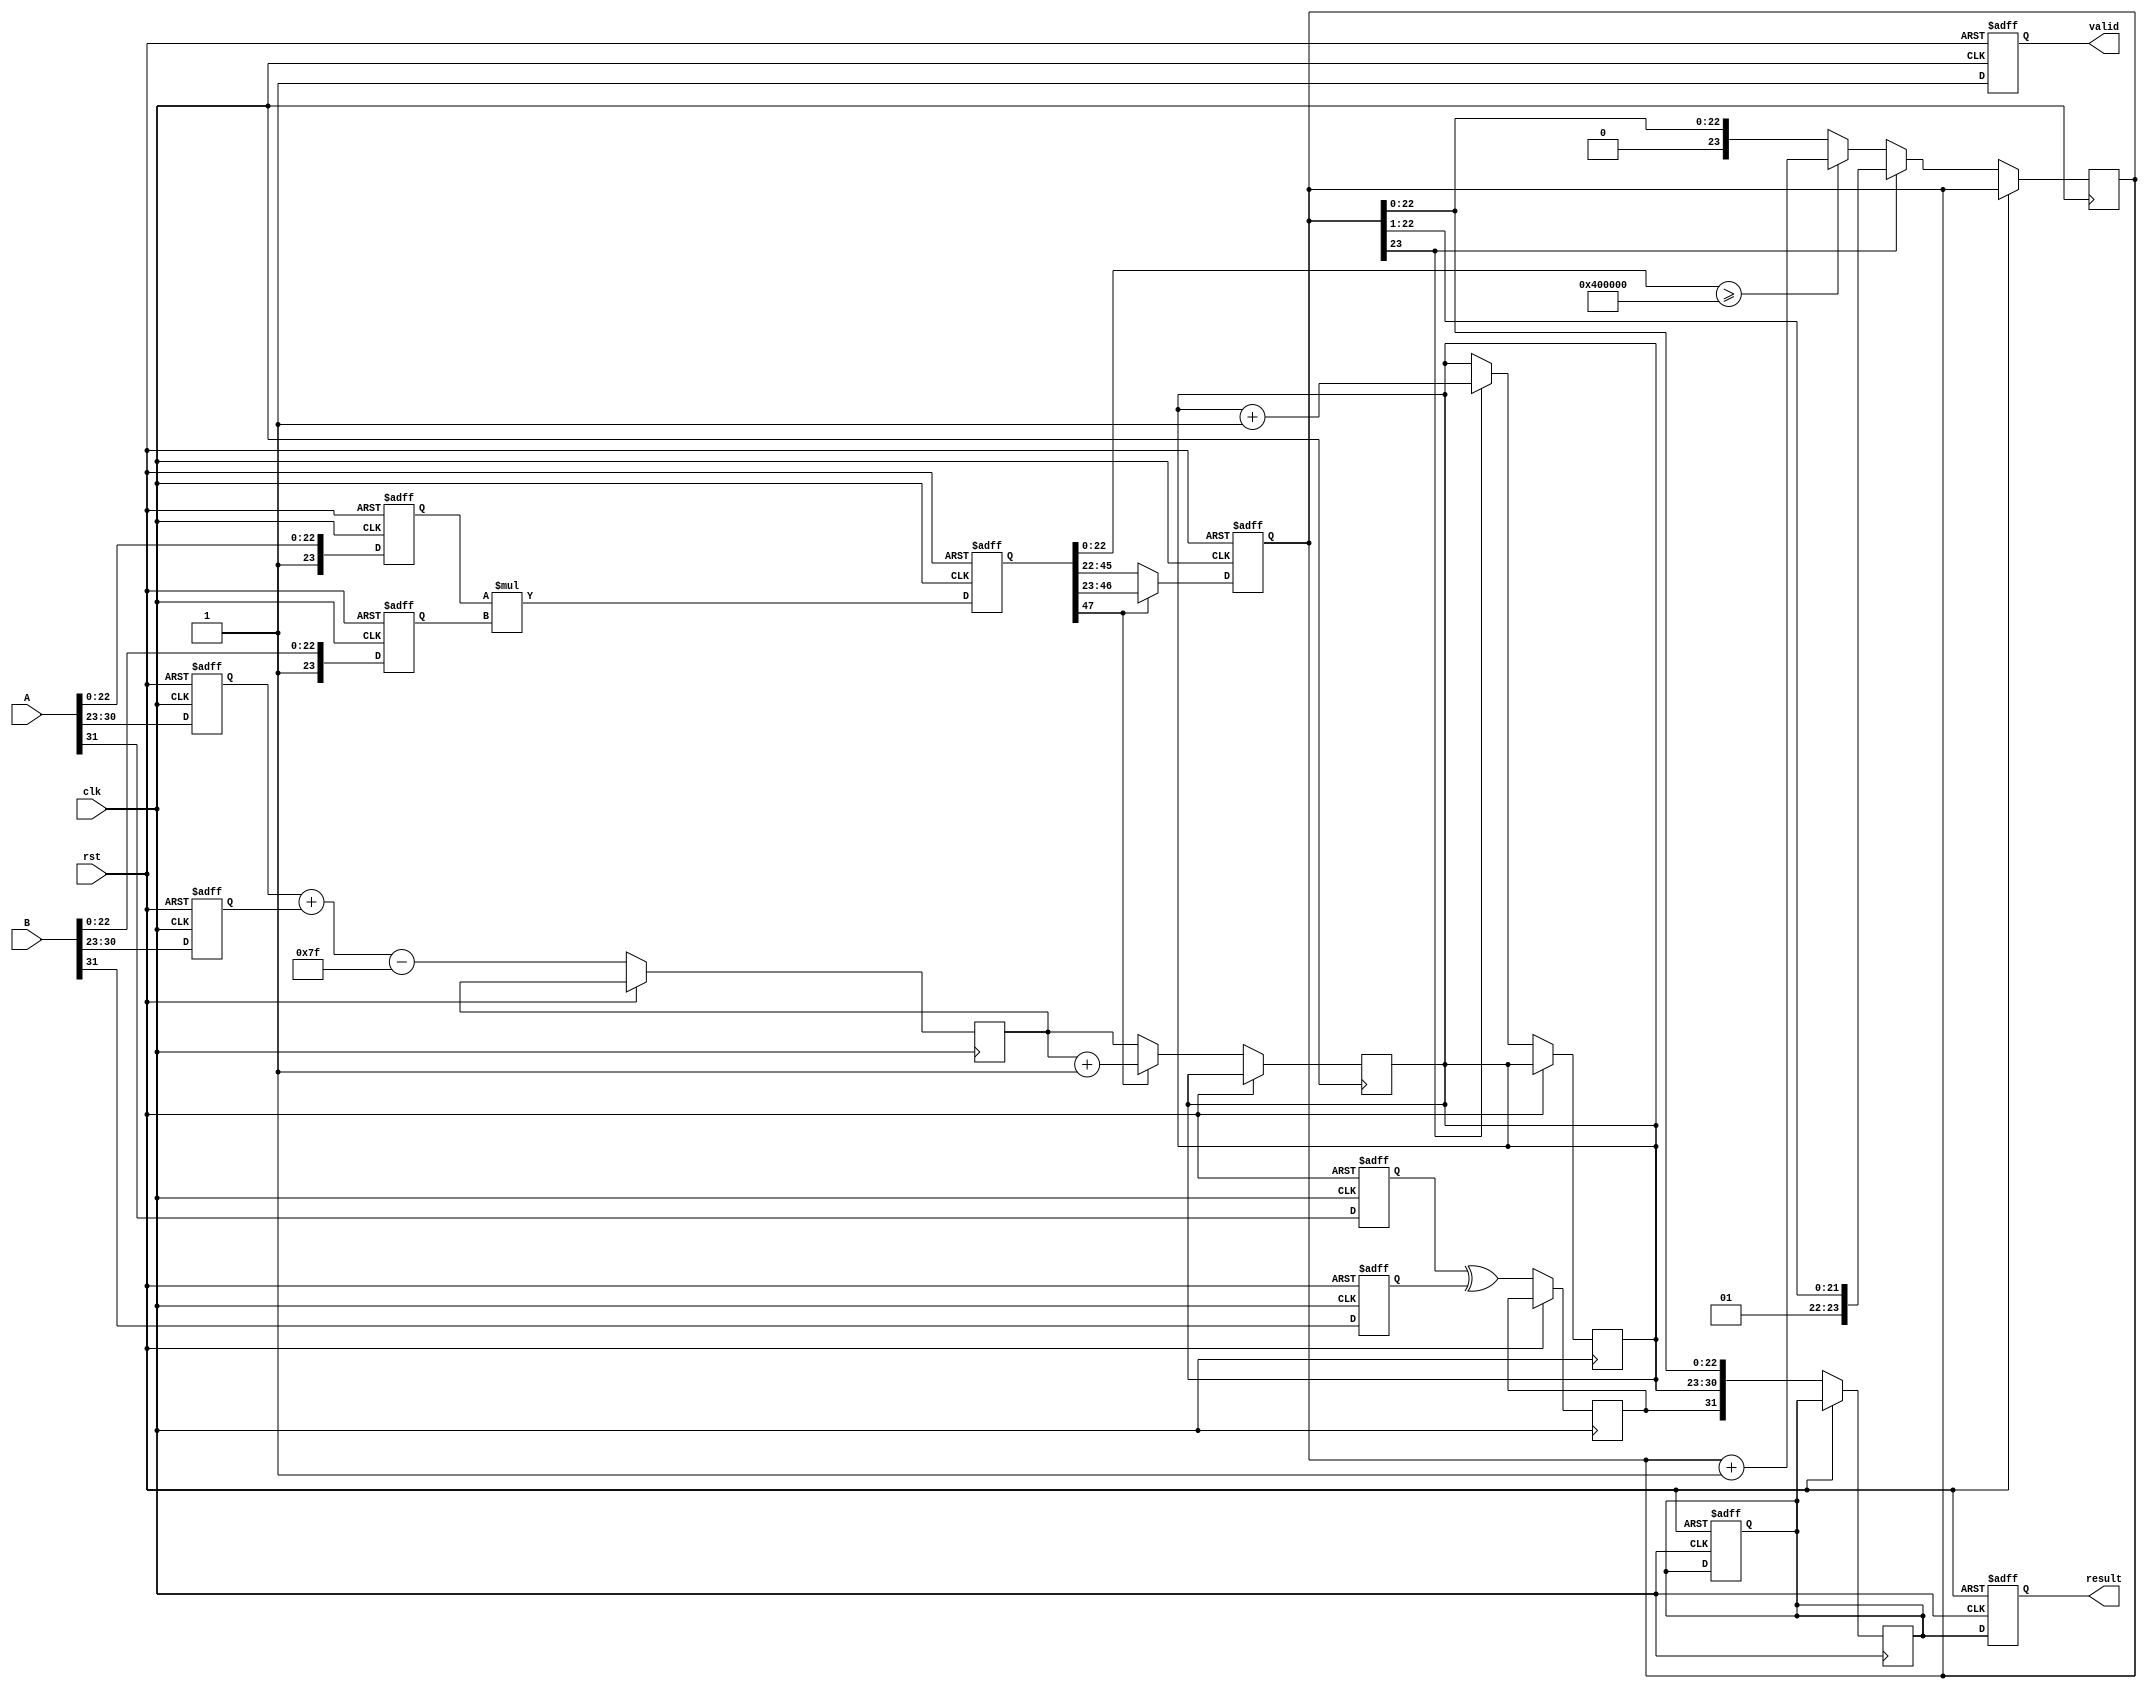
module fp_multiplier (
    input wire clk,
    input wire rst,
    input wire [31:0] A, // First floating-point input
    input wire [31:0] B, // Second floating-point input
    output reg [31:0] result, // Resulting floating-point output
    output reg valid // Output valid signal
);

    // Pipeline registers
    reg sign_a, sign_b, sign_result;
    reg [7:0] exp_a, exp_b, exp_result;
    reg [23:0] mant_a, mant_b, mant_result;
    reg [47:0] mant_product; // Intermediate product of mantissas
    reg [4:0] shift_amount; // For normalization
    reg [7:0] exp_adjusted; // Adjusted exponent after bias
    reg [23:0] mant_normalized; // Normalized mantissa
    reg [31:0] final_result; // Final result before output

    // Constants
    parameter BIAS = 8'd127;

    // Stage 1: Sign Extraction
    always @(posedge clk or posedge rst) begin
        if (rst) begin
            sign_a <= 0;
            sign_b <= 0;
        end else begin
            sign_a <= A[31];
            sign_b <= B[31];
        end
    end

    // Stage 2: Exponent Extraction and Bias Adjustment
    always @(posedge clk or posedge rst) begin
        if (rst) begin
            exp_a <= 0;
            exp_b <= 0;
        end else begin
            exp_a <= A[30:23];
            exp_b <= B[30:23];
            exp_adjusted <= exp_a + exp_b - BIAS;
        end
    end

    // Stage 3: Mantissa Extraction and Multiplication
    always @(posedge clk or posedge rst) begin
        if (rst) begin
            mant_a <= 0;
            mant_b <= 0;
            mant_product <= 0;
        end else begin
            mant_a <= {1'b1, A[22:0]}; // Add implicit leading 1
            mant_b <= {1'b1, B[22:0]}; // Add implicit leading 1
            mant_product <= mant_a * mant_b; // Multiply mantissas
        end
    end

    // Stage 4: Normalization
    always @(posedge clk or posedge rst) begin
        if (rst) begin
            mant_normalized <= 0;
            shift_amount <= 0;
        end else begin
            // Normalize the product
            if (mant_product[47]) begin
                mant_normalized <= mant_product[46:23]; // Already normalized
                exp_result <= exp_adjusted + 1; // Increment exponent
            end else begin
                mant_normalized <= mant_product[45:22]; // Shift right
                shift_amount <= 1;
                exp_result <= exp_adjusted; // No change in exponent
            end
        end
    end

    // Stage 5: Rounding
    always @(posedge clk or posedge rst) begin
        if (rst) begin
            final_result <= 0;
        end else begin
            // Simple rounding (round to nearest)
            if (mant_product[22:0] >= 23'b10000000000000000000000) begin
                mant_normalized <= mant_normalized + 1;
            end
            // Handle overflow in mantissa
            if (mant_normalized[23]) begin
                mant_normalized <= mant_normalized >> 1; // Shift right
                exp_result <= exp_result + 1; // Increment exponent
            end
        end
    end

    // Stage 6: Assemble final result
    always @(posedge clk or posedge rst) begin
        if (rst) begin
            result <= 0;
            valid <= 0;
        end else begin
            sign_result <= sign_a ^ sign_b; // XOR for sign
            final_result <= {sign_result, exp_result, mant_normalized[22:0]};
            result <= final_result;
            valid <= 1; // Indicate valid output
        end
    end

endmodule